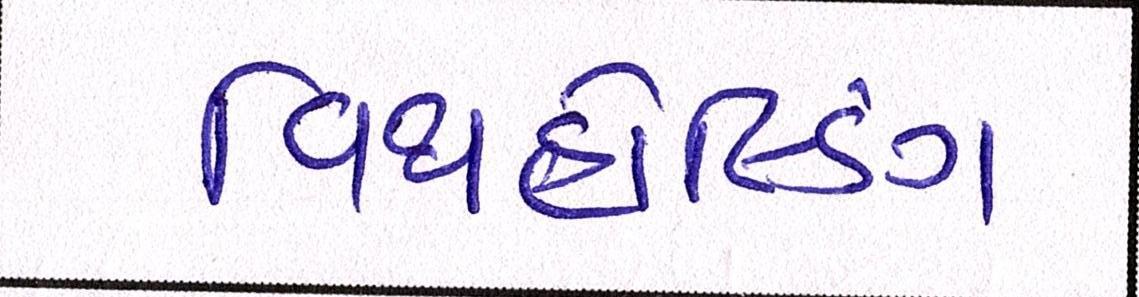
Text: વિથહોલ્ડિંગ